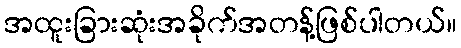
အထူးခြားဆုံးအခိုက်အတန့်ဖြစ်ပါတယ်။